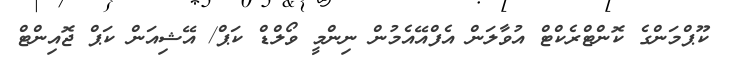
ކޫޕްމަންގެ ކޮންޓްރެކްޓް އުވާލަން އެފްއޭއެމުން ނިންމީ ވޯލްޑް ކަޕް/ އޭޝިއަން ކަޕް ޖޮއިންޓް